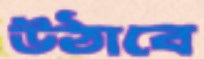
উঠাবে